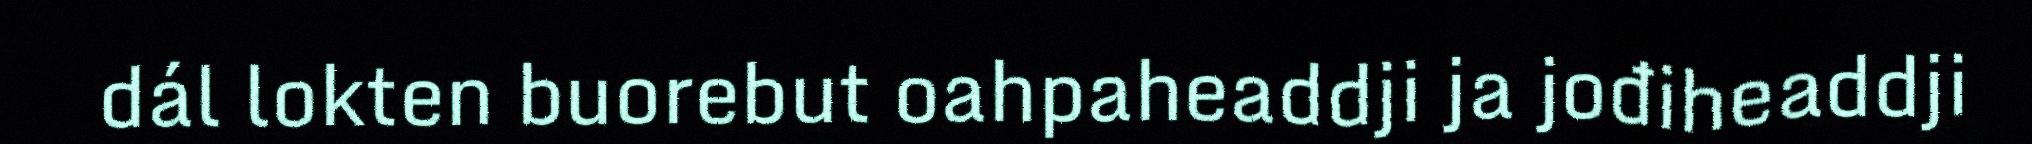
dál lokten buorebut oahpaheaddji ja jođiheaddji